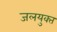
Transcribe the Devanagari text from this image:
जलयुक्‍त